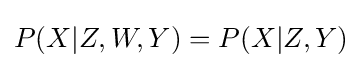
P(X|Z,W,Y)=P(X|Z,Y)